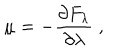
LaTeX: \mu = - \frac { \partial F _ { \lambda } } { \partial \lambda } \; ,